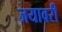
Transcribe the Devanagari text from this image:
जयावरी